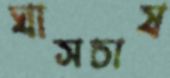
ঘাসচাষ